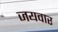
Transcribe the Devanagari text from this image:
जयवार